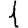
Digit: 1